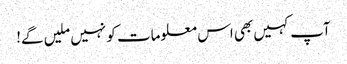
آپ کہیں بھی اس معلومات کو نہیں ملیں گے!